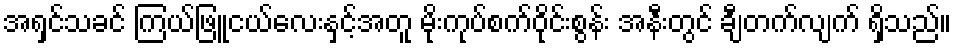
အရှင်သခင် ကြယ်ဖြူငယ်လေးနှင့်အတူ မိုးကုပ်စက်ဝိုင်းစွန်း အနီးတွင် ချီတက်လျက် ရှိသည်။